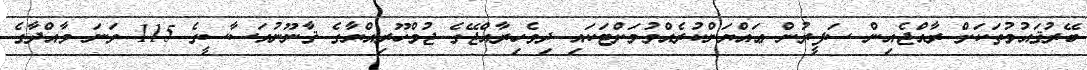
ބޭރުޤައުމުތަކަށް ރާއްޖެއިން ސަފީރުން ޢައްޔަންކުރެއްވުމަށްޓަކައި ދިވެހިރާއްޖޭގެ ޖުމްހޫރިއްޔާގެ ޤާނޫނުއަސާސީގެ 115 ވަނަ މާއްދާގެ